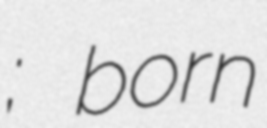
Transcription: ברקאי; born